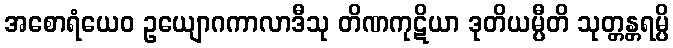
အစောရံယေဝ ဥယျောဂကာလာဒီသု တိဏကုဋိယာ ဒုတိယမ္ပီတိ သုတ္တန္တရမ္ပိ